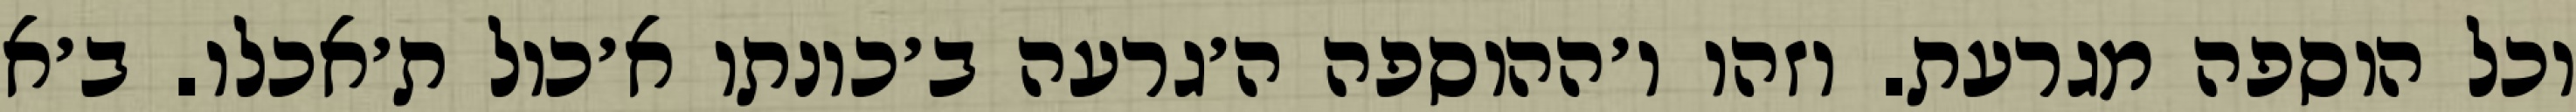
וכל הוספה מגרעת. וזהו ו׳ההוספה ה׳גרעה ב׳כונתו א׳כול ת׳אכלו. ב׳א